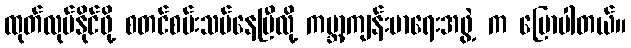
ထုတ်လုပ်နိုင်ဖို့ စတင်စမ်းသပ်နေပြီလို့ ကမ္ဘာ့ကျန်းမာရေးအဖွဲ့ က ပြောပါတယ်။